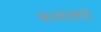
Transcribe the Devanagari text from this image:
बाळाकडे